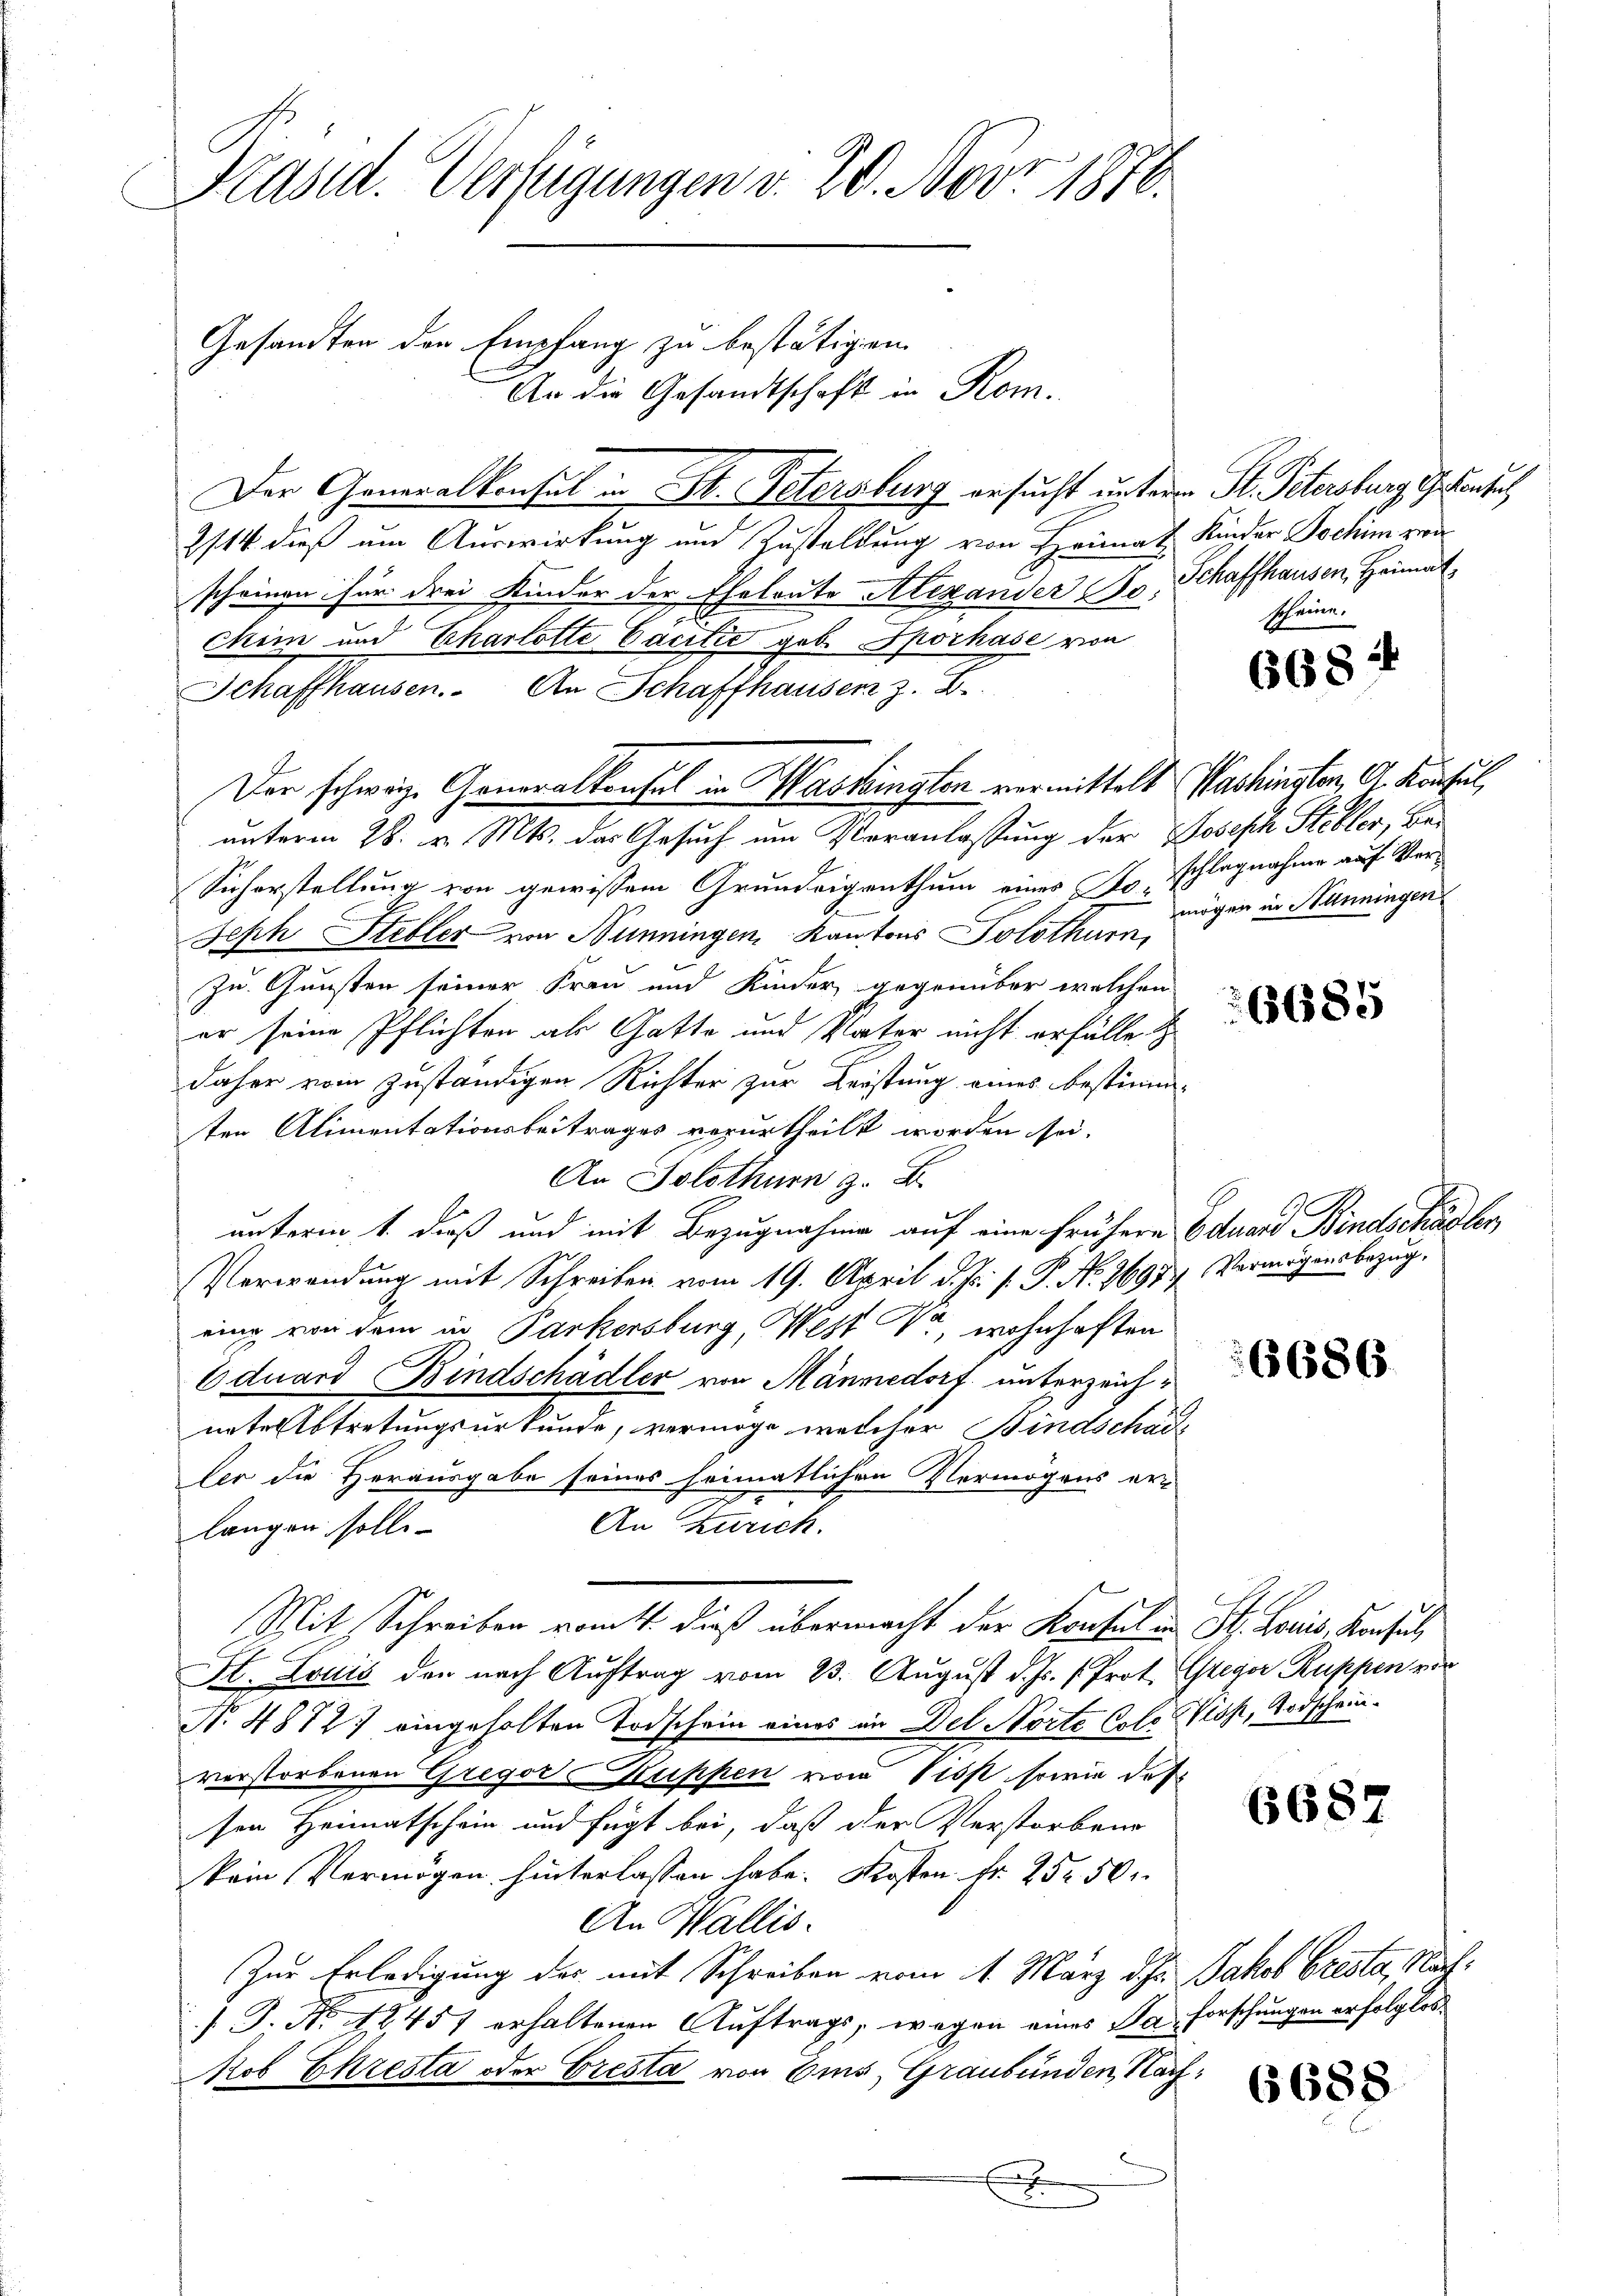
Präsid. Verfügungen v. 20. Nov. 1878.

Gesandten den Empfang zu bestätigen
2114 dieß um Auswirkung und Zustellung von Heimat
scheinen für drei Kinder der Eheleute Alexander so. Schaffhausen, Heimat
Chim und Charlotte Cacitie geb. Spochase von
Schaffhausen. An Schaffhausen z. B.
Der schweiz. Generalkonsul in Washingten vermittelt Washinister, A. Konsul,
unterm 28. v. Mts. das Gesuch um Veranlassung der Joseph Stibler, Be¬
Sicherstellung von gewissem Grundeigenthum eines So-
Seph Steller von Nünningen Kantons Solothurn,
zu Gunsten seiner Frau und Kinder, gegenüber welchen
er seine Pflichten als Gatte und Vater nicht erfälle
daher vom zuständigen Richter zur Leistung eines bestimmten Alimentationsbeitrages vorurtheilt worden sei.
An Solothurn z. B.
unterm 1. dieß und mit Bezugnahme auf eine frühern Eduard Bindschädler,
Verwendung mit Schreiben vom 19. April d. Js. f. P. Nr. 3697
eing von dem in Parkersburg, West da, wohnhaften
Eduard Bindschädler von Männedorf unterzeichnnte Abtretungsurkunde, vermöge, welcher Bindschadl
fer die Herausgabe seines heimatlichen Vermögens er¬
An Zürich.
langen solle.
Mit Schreiben vom 4. dieß übermacht der Konsul in St. Louis, Konsul
St. Louis der nach Auftrag vom 23. August d. Js. Prot
N. 4872) eingeholten Todschein eines in Del. Norte Colo Plos, Todscheinverstorbenen Gregor Kuppen vom 1 isst sowie des
sen Heimatschein und fügt bei, daß der Verstorben
kein Vermögen hinterlassen habe. Kosten Fr. 252 50
An Wallis.
Zur Erledigung des mit Schreiben vom 11. März d. Js.
 P. Nr. 12457 erhaltenen Auftrags, wegen eines Pa forschungen erfolglos
ob Ekresta oder Cresta von Eis, Graubünden Kar
s

An die Gesandtschaft in Rom.

Der Generalkonsul in St. Petersburg ersucht unteren St. Petersburg Grenzus

Kinder Jochim zwa
scheine.

668 ff

schlagnahme auf Vermögen in Allnningen

1

6685

Vermögensbezug,

6686.

Gregor Ruppen vor

668.

Jakob Gresta Nach¬

6688